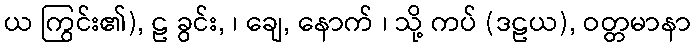
ယ ကြွင်း၏), ဠ ခွင်း, ၊ ချေ, နောက် ၊ သို့ ကပ် (ဒဠယ), ဝတ္တမာနာ